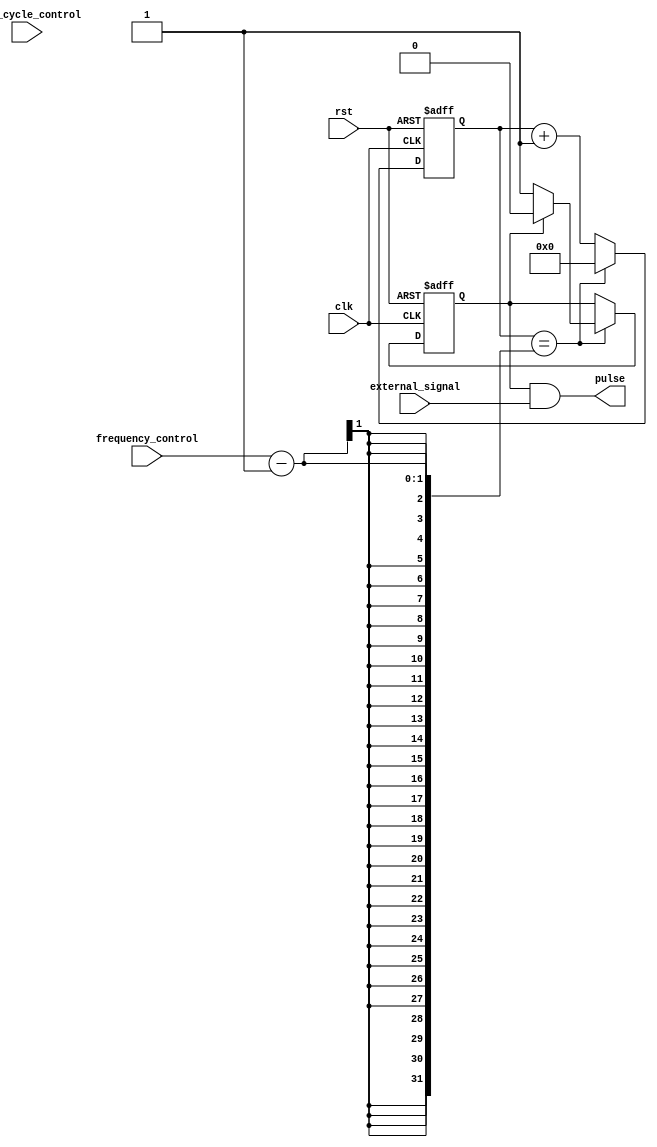
module programmable_pulse_generator (
    input wire clk,
    input wire rst,
    input wire frequency_control,
    input wire duty_cycle_control,
    input wire external_signal,
    output wire pulse
);

reg [31:0] counter = 0;
reg pulse_reg = 0;

always @(posedge clk or posedge rst) begin
    if (rst) begin
        counter <= 0;
        pulse_reg <= 0;
    end else begin
        if (counter == frequency_control - 1) begin
            if (pulse_reg == 1'b0) begin
                pulse_reg <= 1'b1;
            end else begin
                pulse_reg <= 1'b0;
            end
            counter <= 0;
        end else begin
            counter <= counter + 1;
        end
    end
end

assign pulse = pulse_reg & external_signal;

endmodule